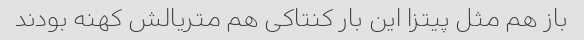
باز هم مثل پیتزا این بار کنتاکی هم متریالش کهنه بودند